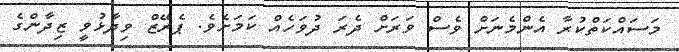
މަސައްކަތްކުރާ އެންމެނަށް ވެސް ވަރަށް ދެރަ ދުވަހެއް ކަމަށެވެ. ޕެރޭޒް ވިދާޅުވީ ޒިދާންގެ